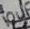
Text: 10uF